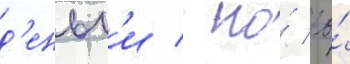
д'еньг'и / но́ ео́